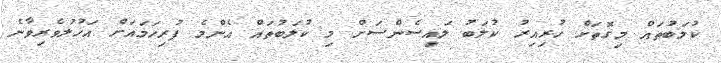
ކުލަބުތައް މިގޮތަށް ހުރިއިރު ކުލަބު ލައިސެންސަށް މި ކުލަބުތައް އެންމެ ފުރިހަމައަށް އަހުލުވެރިވާނެ